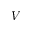
V